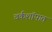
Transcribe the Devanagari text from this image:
वर्कशॉपात